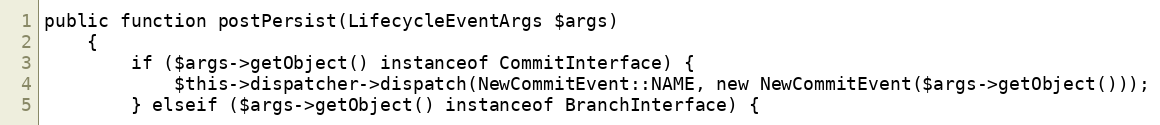
Language: PHP
public function postPersist(LifecycleEventArgs $args)
    {
        if ($args->getObject() instanceof CommitInterface) {
            $this->dispatcher->dispatch(NewCommitEvent::NAME, new NewCommitEvent($args->getObject()));
        } elseif ($args->getObject() instanceof BranchInterface) {